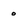
Character: 0